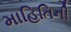
માહિતિની